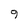
Character: 9